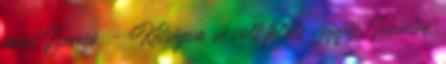
mint Franco. - Kétségem se volt felőle szépfiú. Tekintve,